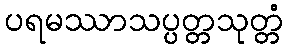
ပရမဿာသပ္ပတ္တသုတ္တံ